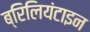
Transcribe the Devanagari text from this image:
ब्रिलियंटाइन